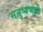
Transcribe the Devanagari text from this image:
मनुष्यभक्षी